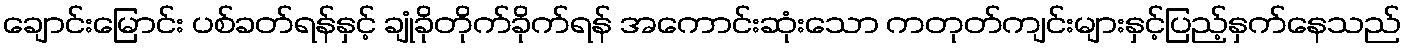
ချောင်းမြောင်း ပစ်ခတ်ရန်နှင့် ချုံခိုတိုက်ခိုက်ရန် အကောင်းဆုံးသော ကတုတ်ကျင်းများနှင့်ပြည့်နှက်နေသည်